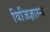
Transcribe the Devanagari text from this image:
विजिज्ञास्य